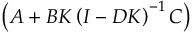
\left( A + B K \left( I - D K \right) ^ { - 1 } C \right)